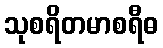
သုစရိတမာစရီဓ